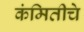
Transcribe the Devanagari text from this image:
कंमितीचे